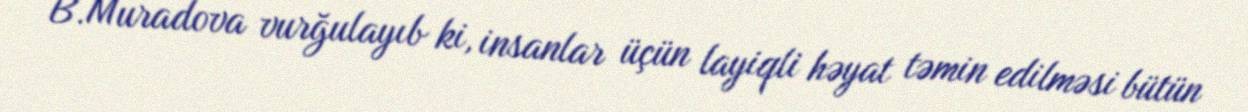
B.Muradova vurğulayıb ki, insanlar üçün layiqli həyat təmin edilməsi bütün